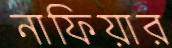
নাফিয়ার